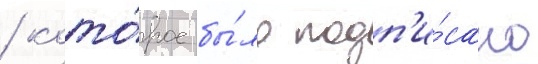
/ кото́рое бы́ло подп'и́сано